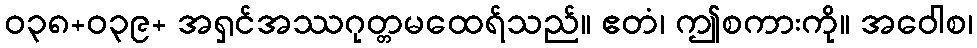
ဝ၃၈+ဝ၃၉+ အရှင်အဿဂုတ္တမထေရ်သည်။ ဧတံ၊ ဤစကားကို။ အဝေါစ၊